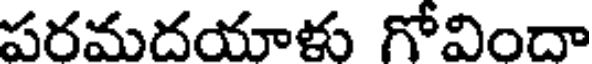
పరమదయాళు గోవిందా